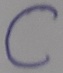
Text: C